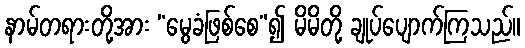
နာမ်တရားတို့အား “မွေခံဖြစ်စေ”၍ မိမိတို့ ချုပ်ပျောက်ကြသည်။